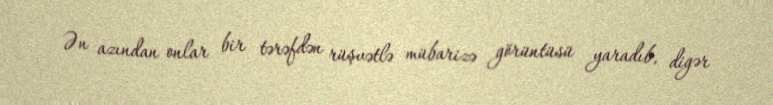
Ən azından onlar bir tərəfdən rüşvətlə mübarizə görüntüsü yaradıb, digər